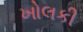
ખોલકી